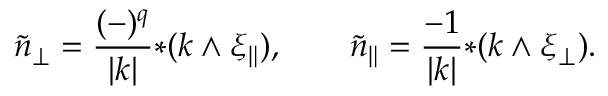
\tilde { n } _ { \perp } = \frac { ( - ) ^ { q } } { | k | } { * ( k \wedge \xi _ { \| } ) } , \qquad \tilde { n } _ { \| } = \frac { - 1 } { | k | } { * ( k \wedge \xi _ { \perp } ) } .